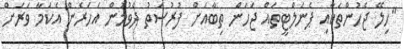
"ހިލޭ ޖެހުންތަކާއި ޕެނަލްޓީތައް ޖަހަން ތިބާއަށް ފުރުސަތު ދެވުމުން އަހަރެން އެކަމާ ވަރަށް